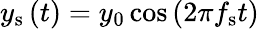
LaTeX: y_{\mathrm{s}}\left(t\right)=y_{0}\cos\left(2\pi f_{\mathrm{s}}t\right)